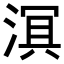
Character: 𬈑